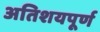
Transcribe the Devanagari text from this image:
अतिशयपूर्ण